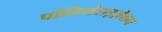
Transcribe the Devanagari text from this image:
पोलिमेराइज़ेशन